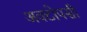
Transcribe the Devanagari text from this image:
अक्टोपसी